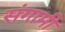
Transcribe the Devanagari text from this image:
संगामी